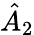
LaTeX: \hat{A}_{2}